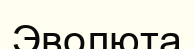
Эволюта